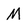
Character: M